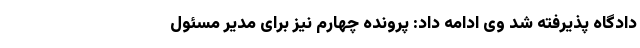
دادگاه پذیرفته شد وی ادامه داد: پرونده چهارم نیز برای مدیر مسئول